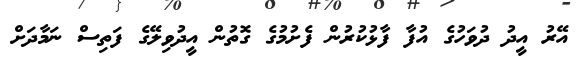
އޭރު އީދު ދުވަހުގެ އުފާ ފާޅުކުރުން ފެށުމުގެ ގޮތުން އީދުވިލޭގެ ފަތިސް ނަމާދަށް